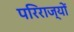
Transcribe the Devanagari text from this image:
परिराज्यों